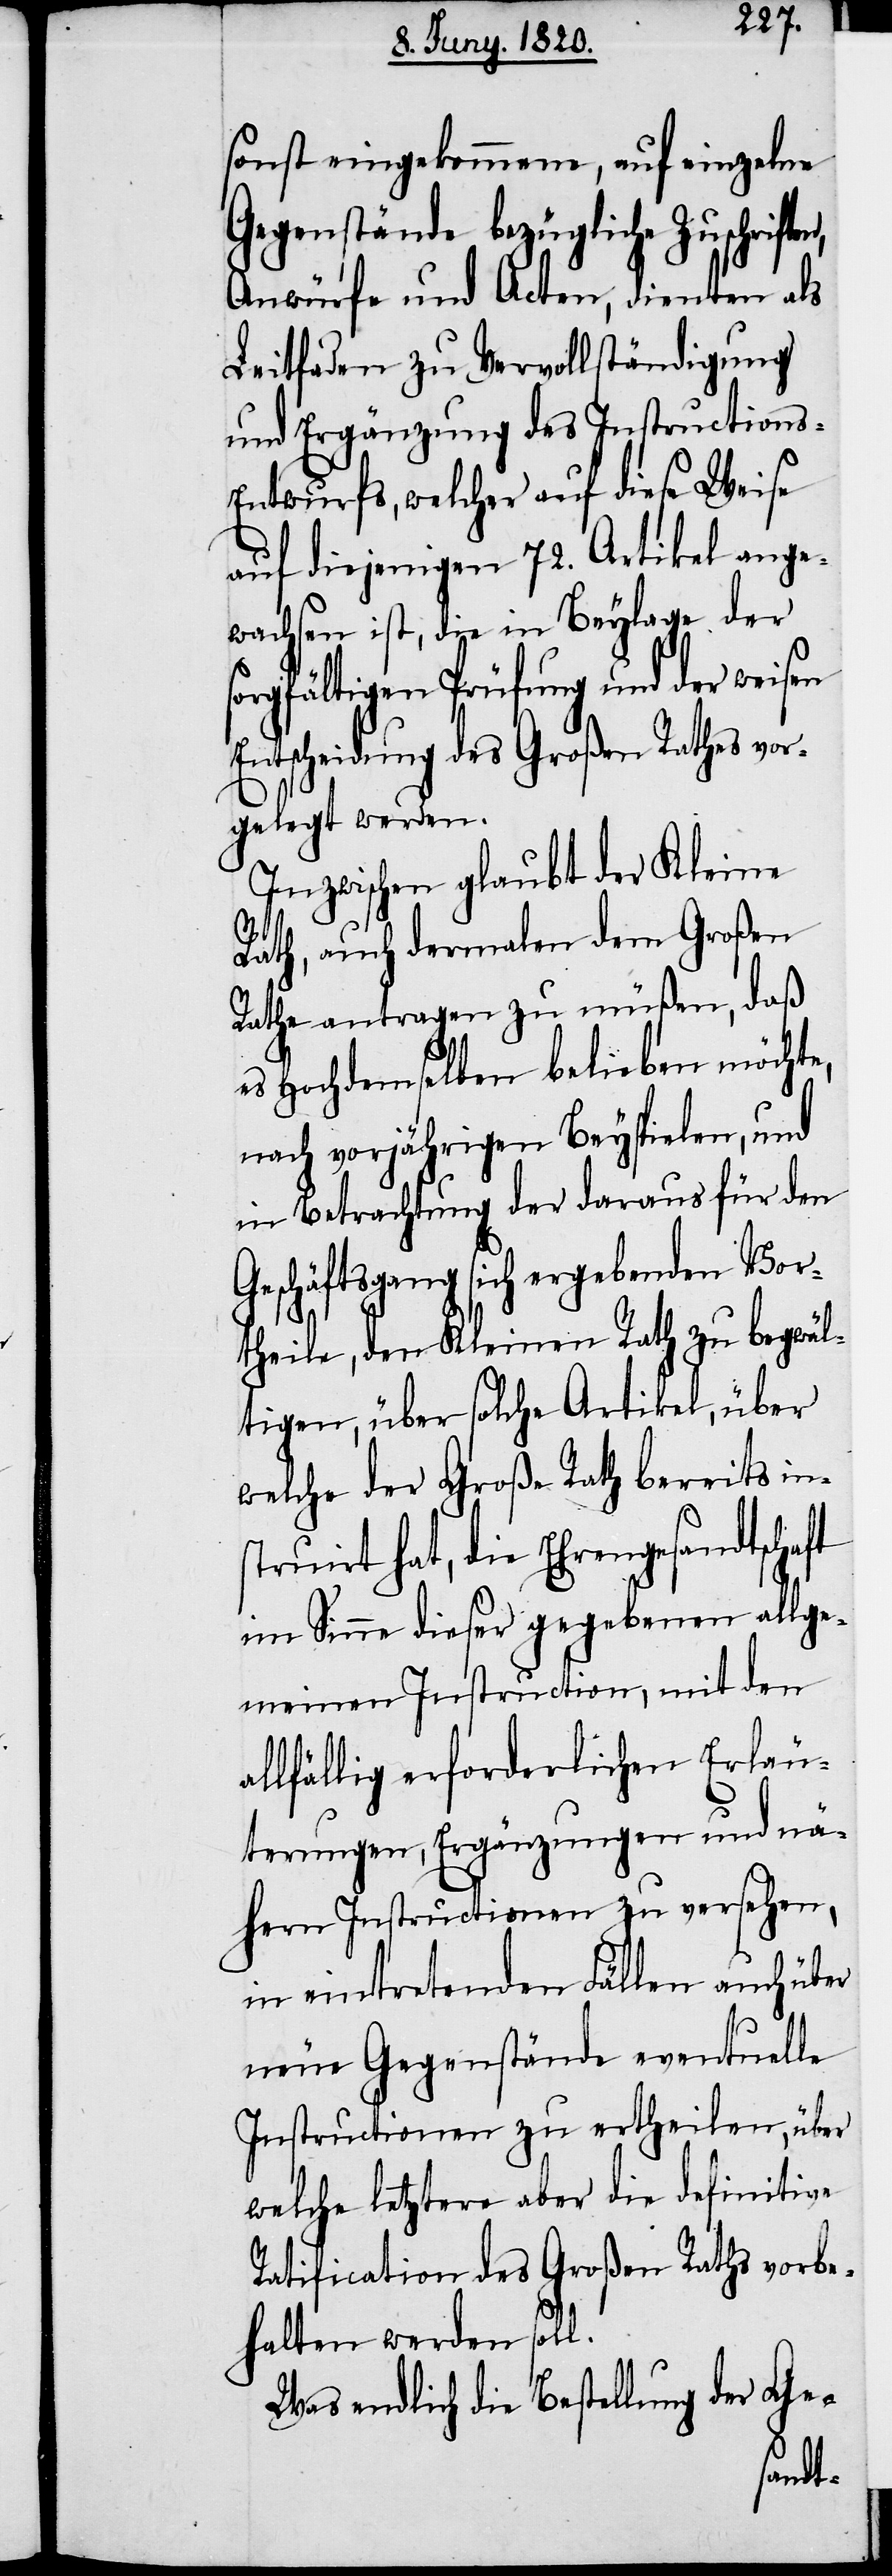
sonst eingekommene, auf einzelne
Gegenstände bezügliche Zuschrif¬
Anwürfe und Acten, dienten als
Leitfaden zu Vervollständigung
und Ergänzung des Instructions-E¬
ntwurfs, welcher auf diese Weise
auf diejenigen 72. Artikel ange¬
wachsen ist, die in Beylage der
sorgfältigen Prüfung und der weisen
Entscheidung des Großen Rathes vor¬
gelegt werden.
Inzwischen glaubt der Kleine
Rath, auch dermalen dem Großen
Rathe antragen zu müßen, daß
es Hochdemselben belieben möchte,
nach vorjährigen Beyspielen, und
in Betrachtung der daraus für den
Geschäftsgang sich ergebenden Vor¬
theile, den Kleinen Rath zu begwäl¬
tigen, über solche Artikel, über
welche der Große Rath bereits in¬
struirt hat, die Ehrengesandtschaft
im Sinne dieser gegebenen allge¬
meinen Instruction, mit den
lfällig erforderlichen Erläu¬
terungen, Ergänzungen und nä¬
hern Instruction zu versehen,
in eintretenden Fällen auch über
neue Gegenstände eventuelle
Instructionen zu ertheilen, über
welche letztere aber die definitive
Ratification des großen Raths vorbe¬
halten werden soll.
Was endlich die Bestellung der Ge-
al¬